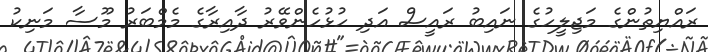
ރައްޔިތުންގެ މަޖިލީހުގެ ނައިބު ރައީސް އަދި ހުޅުހެންވޭރު ދާއިރާގެ މެމްބަރު މޫސާ މަނިކު